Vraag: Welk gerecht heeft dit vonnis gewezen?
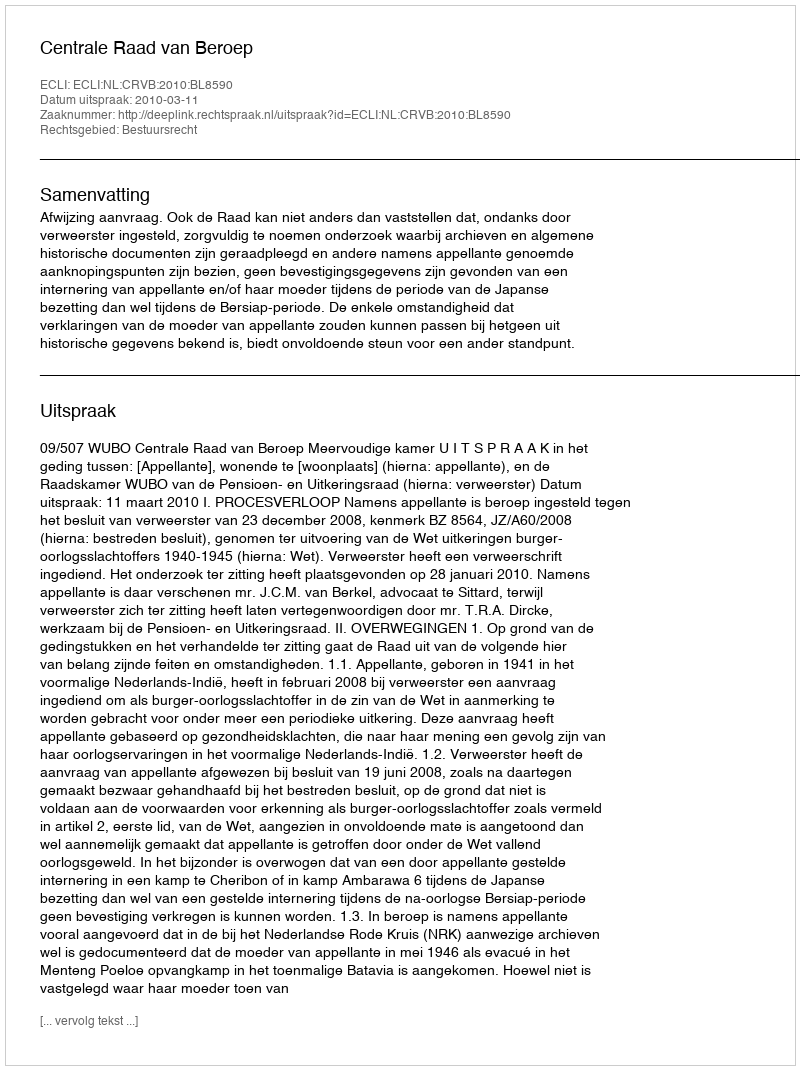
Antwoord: Centrale Raad van Beroep